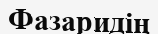
Фазаридің